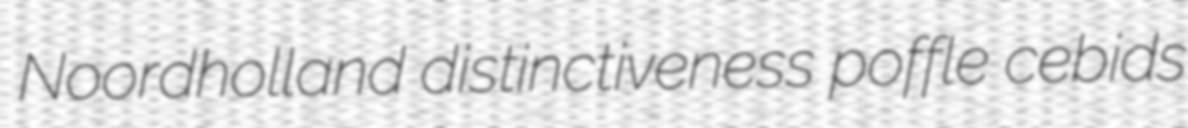
Noordholland distinctiveness poffle cebids